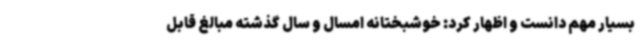
بسیار مهم دانست و اظهار کرد: خوشبختانه امسال و سال گذشته مبالغ قابل